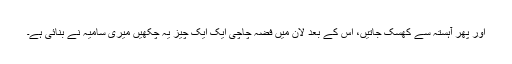
اور پھر آہستہ سے کھسک جاتیں، اس کے بعد لان میں فضہ چاچی ایک ایک چیز یہ چکھیں میری سامیہ نے بنائی ہے۔